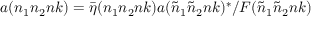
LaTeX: a ( n _ { 1 } n _ { 2 } n k ) = { \bar { \eta } } ( n _ { 1 } n _ { 2 } n k ) a ( { \tilde { n } } _ { 1 } { \tilde { n } } _ { 2 } n k ) ^ { * } / F ( { \tilde { n } } _ { 1 } { \tilde { n } } _ { 2 } n k )